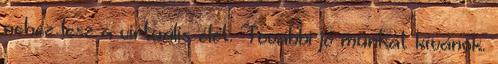
nehéz lesz a virtuális élet. További jó munkát kívánok.